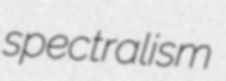
spectralism